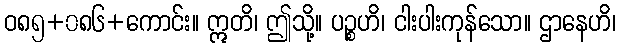
ဝ၈၅+၀၈၆+ကောင်း။ ဣတိ၊ ဤသို့။ ပဉ္စဟိ၊ ငါးပါးကုန်သော။ ဌာနေဟိ၊